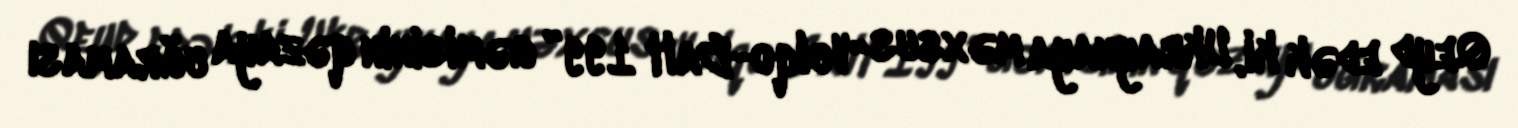
Qeyd edək ki, Ukraynaya məxsus “Volqo-Balt 199” gəmisinin qəzaya uğraması